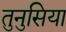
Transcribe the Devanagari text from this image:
तुनुसिया